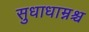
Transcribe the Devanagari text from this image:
सुधाधाम्नश्च